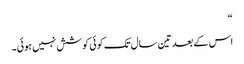
“
اس کے بعد تین سال تک کوئی کوشش نہیں ہوئی۔